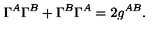
\Gamma ^ { A } \Gamma ^ { B } + \Gamma ^ { B } \Gamma ^ { A } = 2 g ^ { A B } .